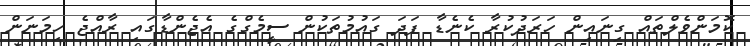
ކޮމަންވެލްތައް ގިނައިން ހަރަދުކުރާ ކެނެޑާ ފަދަ ގައުމުތަކުން ސީމެގްގެ އެޖެންޑާގައި ރާއްޖެ ހިމަނަން